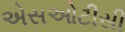
એસઓટીસી